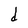
Character: d